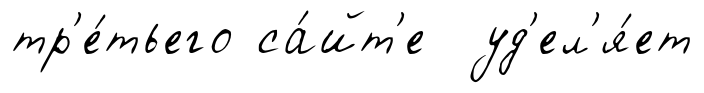
тр'е́тьего са́йт'е уд'ел'я́ет